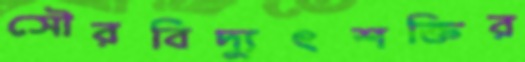
সৌরবিদ্যুৎশক্তির